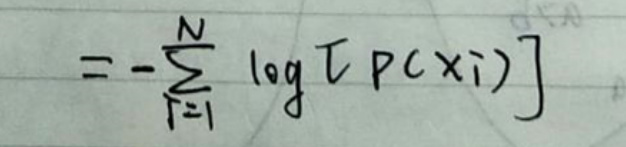
$= - \sum _ { i = 1 } ^ { N } \log [ P ( x _ { i } ) ]$